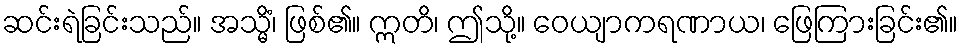
ဆင်းရဲခြင်းသည်။ အသ္မိံ၊ ဖြစ်၏။ ဣတိ၊ ဤသို့။ ဝေယျာကရဏာယ၊ ဖြေကြားခြင်း၏။